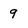
Character: 9